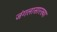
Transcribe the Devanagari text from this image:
जंगलासारख्या